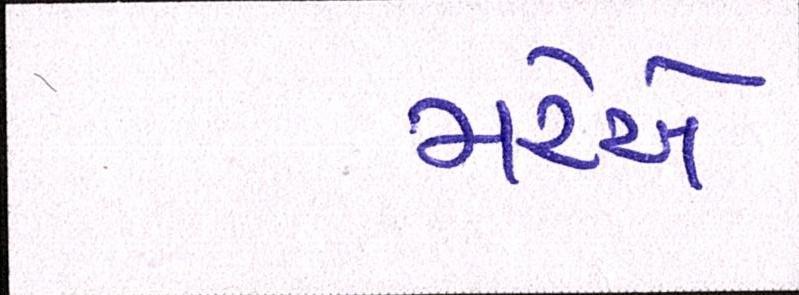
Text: મરેએ